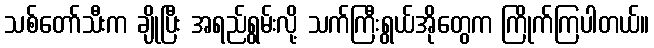
သစ်တော်သီးက ချိုပြီး အရည်ရွမ်းလို့ သက်ကြီးရွယ်အိုတွေက ကြိုက်ကြပါတယ်။